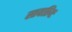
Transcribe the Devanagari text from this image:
स्तवप्रियः